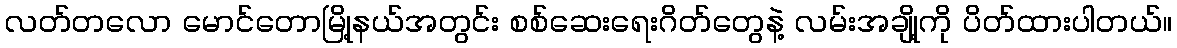
လတ်တလော မောင်တောမြို့နယ်အတွင်း စစ်ဆေးရေးဂိတ်တွေနဲ့ လမ်းအချို့ကို ပိတ်ထားပါတယ်။